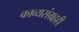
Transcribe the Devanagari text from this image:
काव्यसंग्रहही